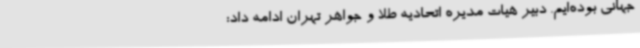
جهانی بوده‌ایم. دبیر هیات مدیره اتحادیه طلا و جواهر تهران ادامه داد: